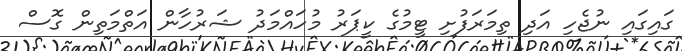
ގައިގައި ނުޖެހި އަދި ތިމަރަފުށި ޓީމުގެ ކީޕަރު މުހައްމަދު ޝަރުހާން އަތްމަތިން ގޮސް